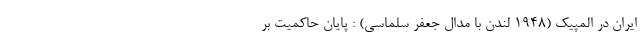
ایران در المپیک (1948 لندن با مدال جعفر سلماسی) : پایان حاکمیت بر